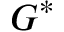
G ^ { * }